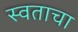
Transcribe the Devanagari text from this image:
स्वताचा